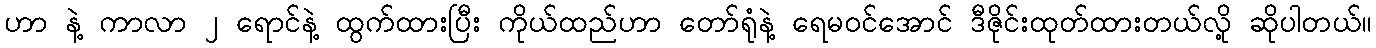
ဟာ နဲ့ ကာလာ ၂ ရောင်နဲ့ ထွက်ထားပြီး ကိုယ်ထည်ဟာ တော်ရုံနဲ့ ရေမဝင်အောင် ဒီဇိုင်းထုတ်ထားတယ်လို့ ဆိုပါတယ်။